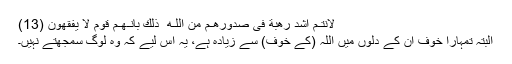
لَاَنْتُـمْ اَشَدُّ رَهْبَةً فِىْ صُدُوْرِهِـمْ مِّنَ اللّـٰهِ ۚ ذٰلِكَ بِاَنَّـهُـمْ قَوْمٌ لَّا يَفْقَهُوْنَ (13)
البتہ تمہارا خوف ان کے دلوں میں اللہ (کے خوف) سے زیادہ ہے، یہ اس لیے کہ وہ لوگ سمجھتے نہیں۔